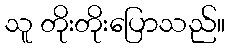
သူ တိုးတိုးပြောသည်။